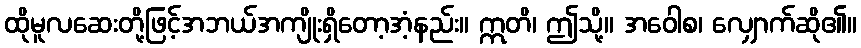
ထိုမူလဆေးတို့ဖြင့်အဘယ်အကျိုးရှိတော့အံ့နည်း။ ဣတိ၊ ဤသို့။ အဝေါစ၊ လျှောက်ဆို၏။